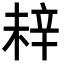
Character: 𬨗